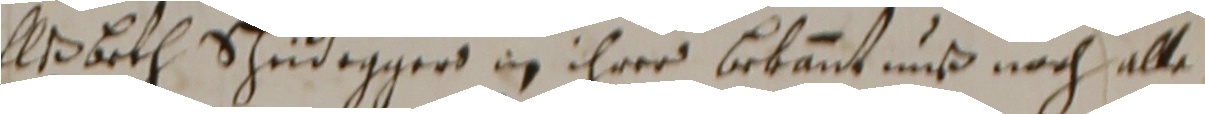
El brth Schuidegger in ihrer bekännt und nach alle